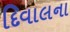
દિવાલના